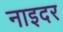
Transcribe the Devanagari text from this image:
नाइदर